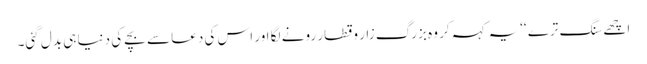
اچھے سنگ ترے ‘‘یہ کہہ کر وہ بزرگ زار و قطار رونے لگا اور اس کی دعا سے بچے کی دنیا ہی بدل گئی۔